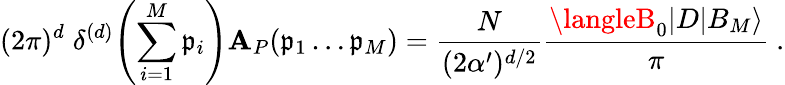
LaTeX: (2\pi)^{d}\; \delta^{(d)}\! \left(\sum_{i=1}^{M}\mathfrak{p}_{i}\right)\mathbf{A}_{P}(\mathfrak{p}_{1}\dots\mathfrak{p}_{M})=\frac{{N}}{{(2\alpha^{\prime})^{d/2}}}\frac{{\langleB_{0}|D|B_{M}\rangle}}{{\pi}}~.